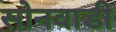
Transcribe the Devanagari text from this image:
सोनवाडी